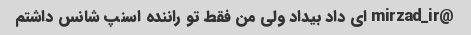
@mirzad_ir ای داد بیداد ولی من فقط تو راننده اسنپ شانس داشتم